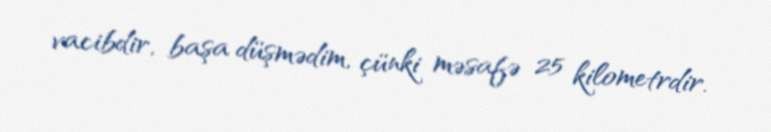
vacibdir, başa düşmədim, çünki məsafə 25 kilometrdir.